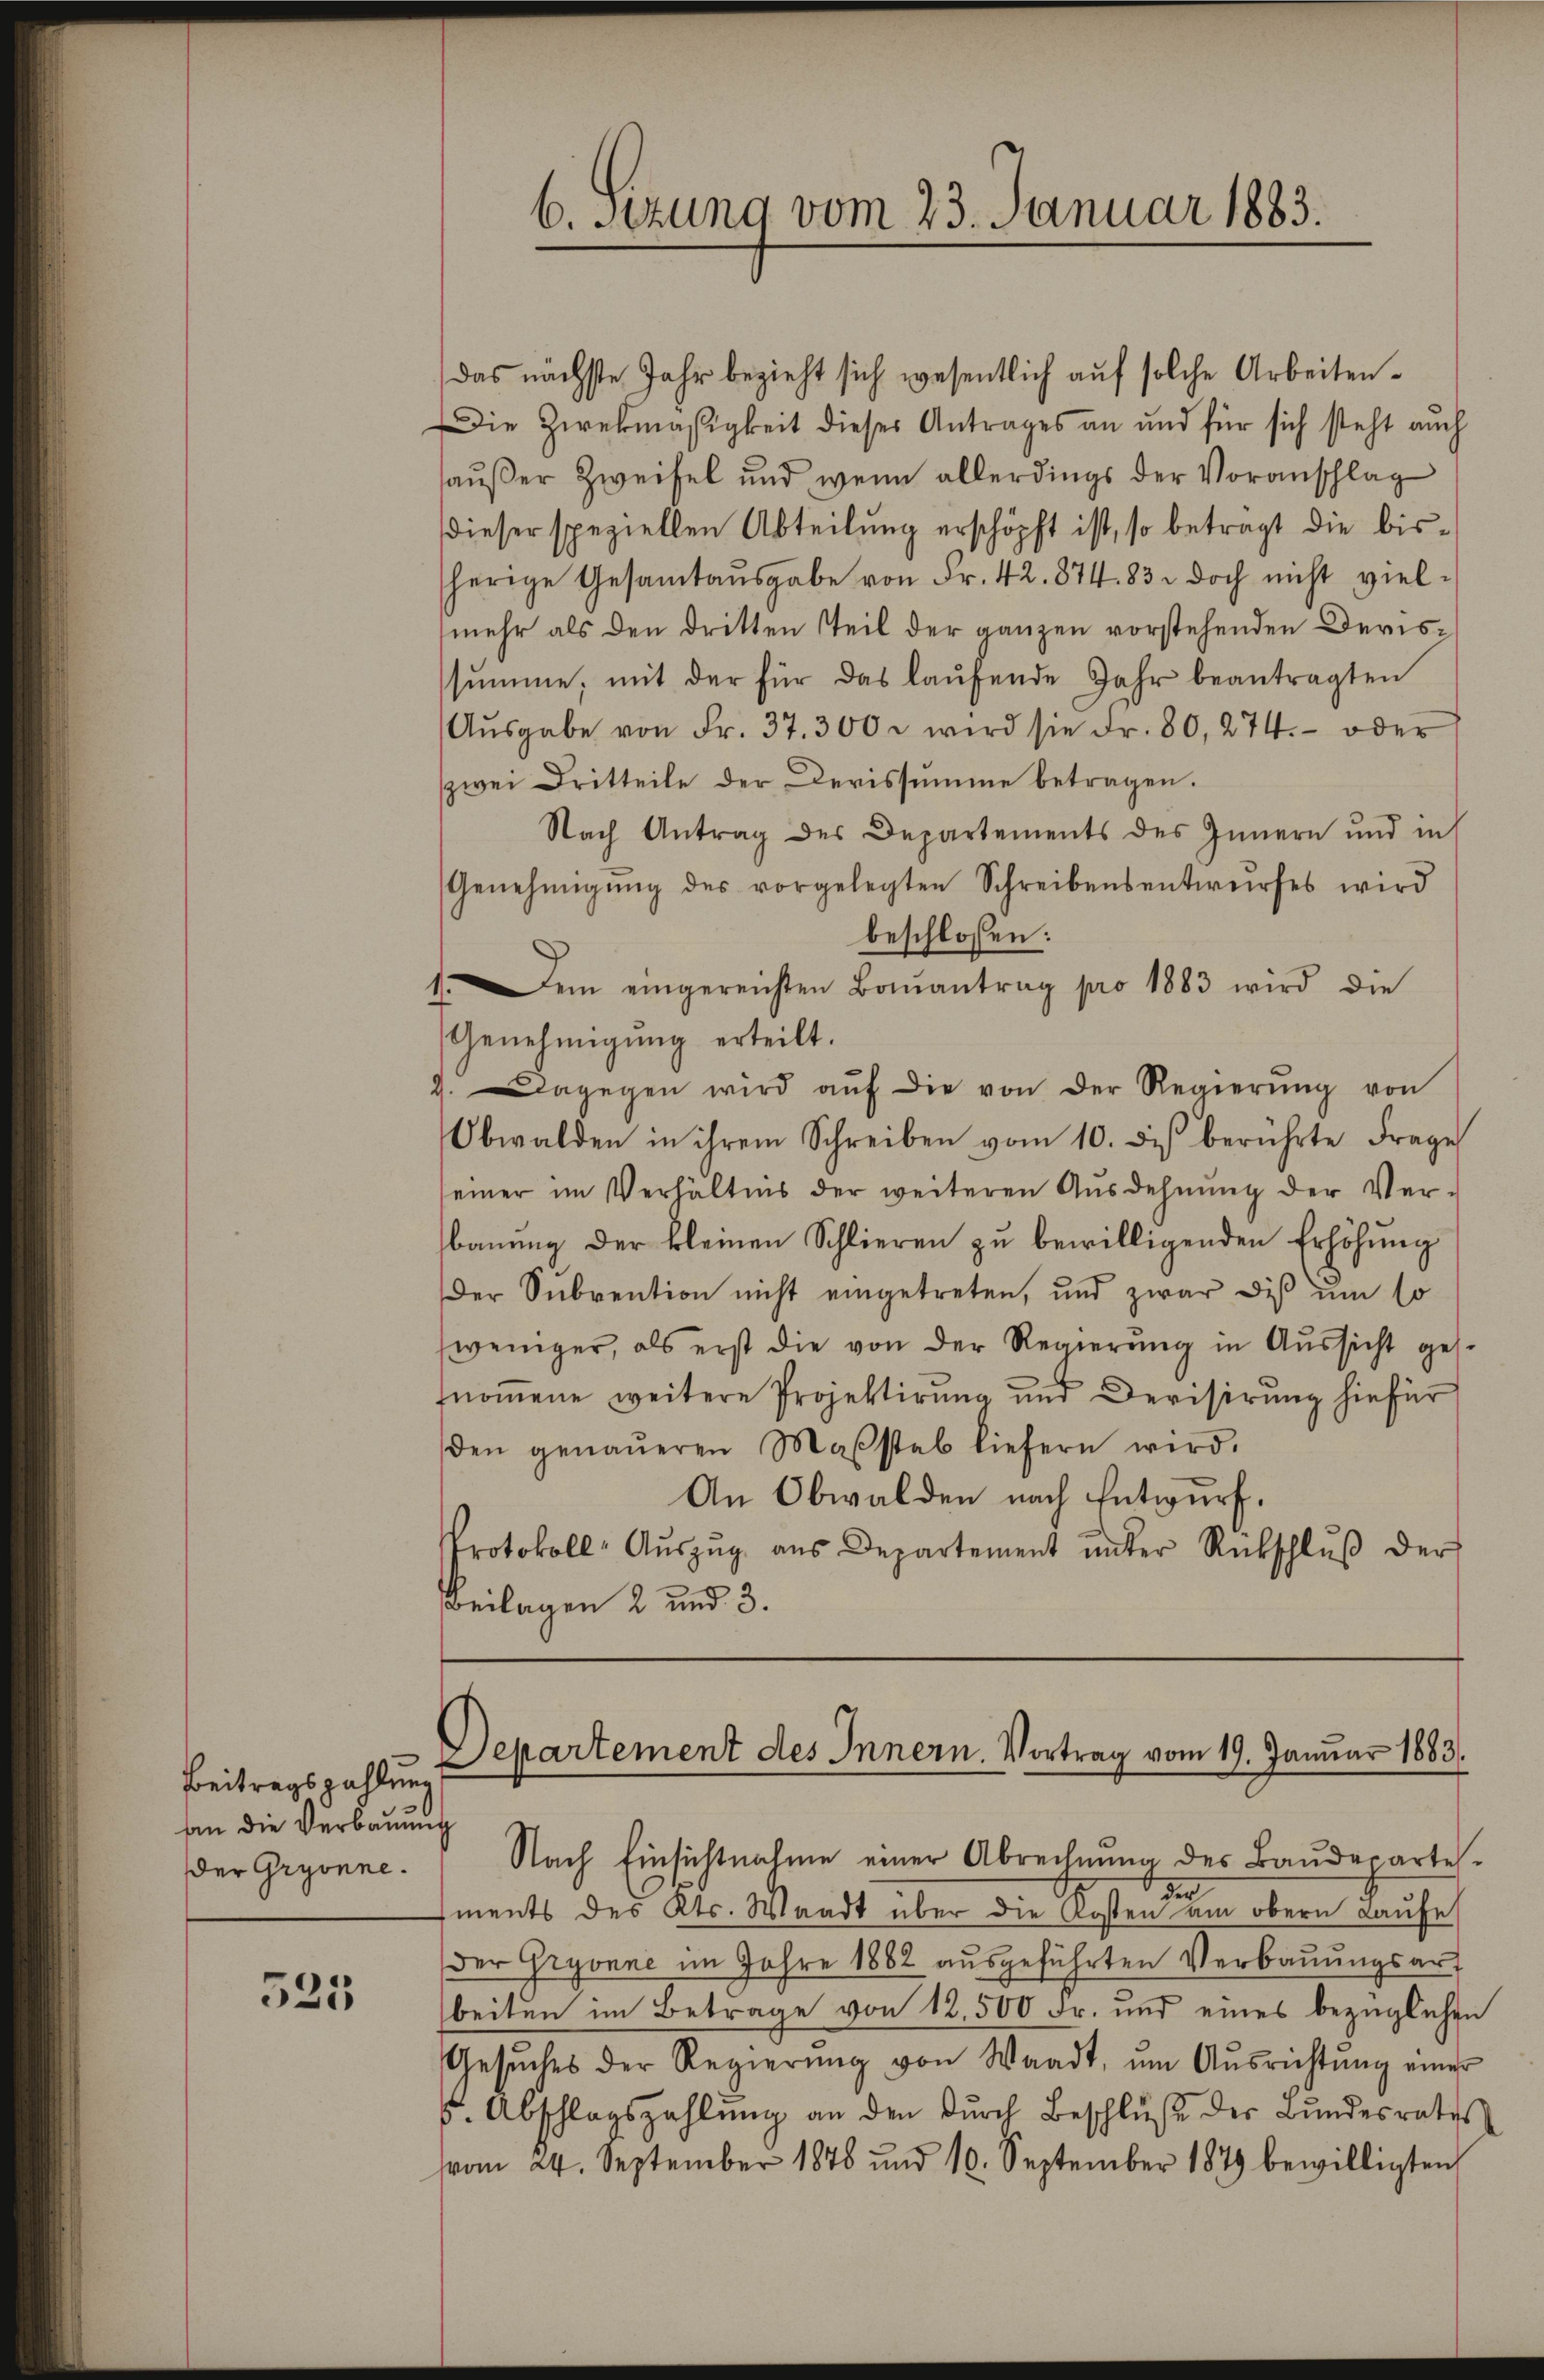
525

Beitragszahlung
an die Verbauung
der Gryonne.

6. sezung vom 23. Januar 1883.

Departement des Innern. Vortrag vom 19. Januar 1883.

das nächste Jahr bezieht sich wesentlich auf solche Arbeiten¬
Die Zweckmäßigkeit dieses Antrages an und für sich steht auch
haußer Zweifel und wenn allerdings der Voranschlag
dieser speziellen Abteilung erschöpft ist, so betragt die bisherige Gesamtaŭsgabe von Fr. 42. 874. 83. doch nicht viel-
mehr als den dritten steil der ganzen vorstehenden Derissumme, mit der für das laŭfende Jahr beantragten
Aŭsgabe von Fr. 37. 300 u. wird sie Fr. 80, 274. oder
zwei Dritteile der Devissumme betragen.
Nach Antrag des Departements des Innern und in
Genehmigŭng des vorgelegten Schreibensentwurfes wird
beschlossen:
1.Dem eingereichten Bonantrag pro 1883 wird die
Genehmigŭng erteilt.
9. Dagegen wird aŭf die von der Regierŭng von
Obwalden in ihrem Schreiben vom 10. diβ berührte Frage
seiner im Verhältnis der weiteren Ausdehnŭng der Ver-
bauung der kleinen Schlieren zu bewilligenden Erhöhung
Der Sŭbvention nicht eingetreten, und zwar dis um so
weniger, als erst die von der Regierung in Aŭssicht ges
fnommene weitere Projektirung und Devisirung hiefür
den genaŭeren Maβstab liefern wird.
An Obwalden nach Entwurf.
Protokoll- Aŭszŭg aŭs Departement ŭnter Rückschlŭβ der
Beilagen 2 und 3.

der
ments des Kts. Waadt über die Kosten am obern Laufe
der Gryonne im Jahre 1882 ausgeführten Verbauungsart
beiten im Betrage von 12,500 Fr. und eines bezüglichen
Gesŭches der Regierŭng von Waadt, ŭm Aŭsrichtŭng einer
s. Abschlagszahlŭng an den Dŭrch Beschlŭβ der Bŭndesrates
vom 24. September 1878 und 10. September 1879 bewilligten

Nach Einsichtnahme einer Abrechnung des Baudepartes.